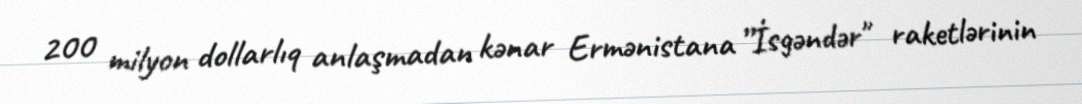
200 milyon dollarlıq anlaşmadan kənar Ermənistana ”İsgəndər" raketlərinin